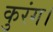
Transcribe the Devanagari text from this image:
कुरंग।